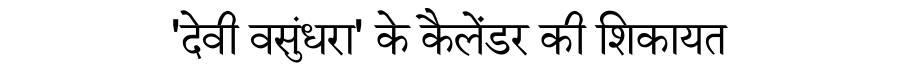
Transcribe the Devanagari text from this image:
'देवी वसुंधरा' के कैलेंडर की शिकायत